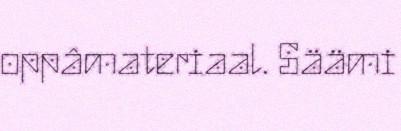
oppâmateriaal. Säämi